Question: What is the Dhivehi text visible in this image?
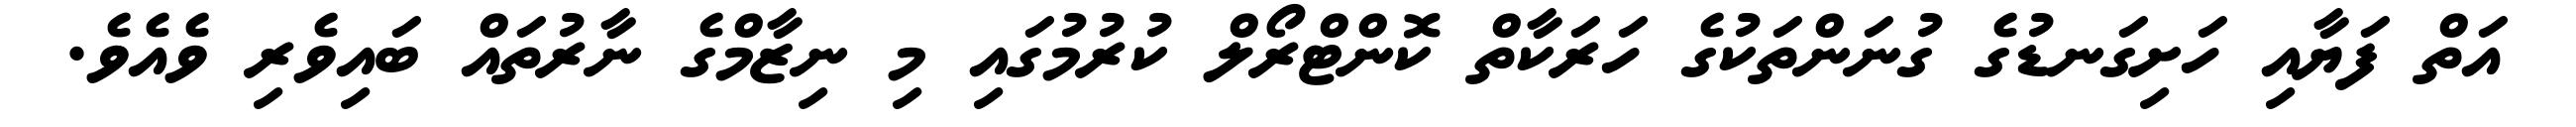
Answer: އަތް ފަޔާއި ހަށިގަނޑުގެ ގުނަންތަކުގެ ހަރަކާތް ކޮންޓްރޯލް ކުރުމުގައި މި ނިޒާމްގެ ނާރުތައް ބައިވެރި ވެއެވެ.